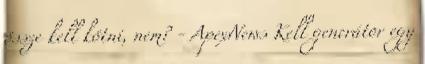
össze kell kötni, nem? - ApexNews Kell generátor egy